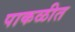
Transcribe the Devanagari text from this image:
पाकळीत